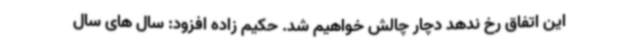
این اتفاق رخ ندهد دچار چالش خواهیم شد. حکیم زاده افزود: سال های سال